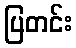
ပြတင်း